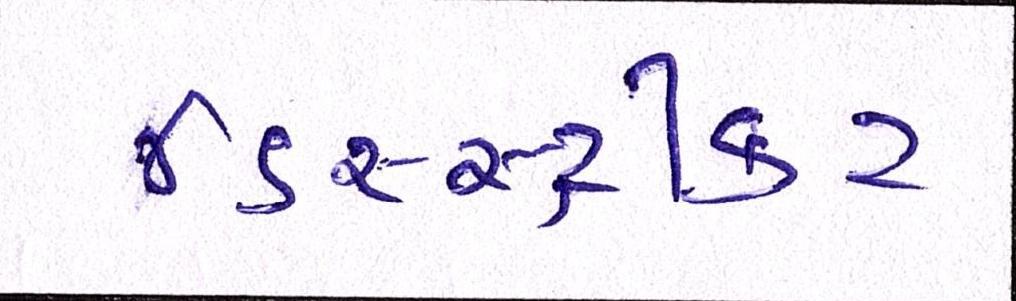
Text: ડિસ્સ્ટ્રીક્ટ